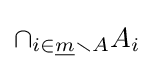
\cap _{i\in {\underline {m}}\smallsetminus A}A_{i}